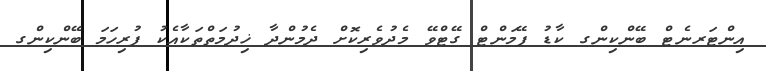
އިންޓަރނެޓް ބޭންކިންގ ކާޑު ޕޭމަންޓް ގޭޓްވޭ މެދުވެރިކޮށް ދެމުންދާ ޚިދުމަތްތަކާއެކު ފުރިހަމަ ބޭންކިންގ